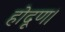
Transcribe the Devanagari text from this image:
होदूण।